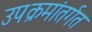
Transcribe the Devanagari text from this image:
उपक्रमांतर्गत